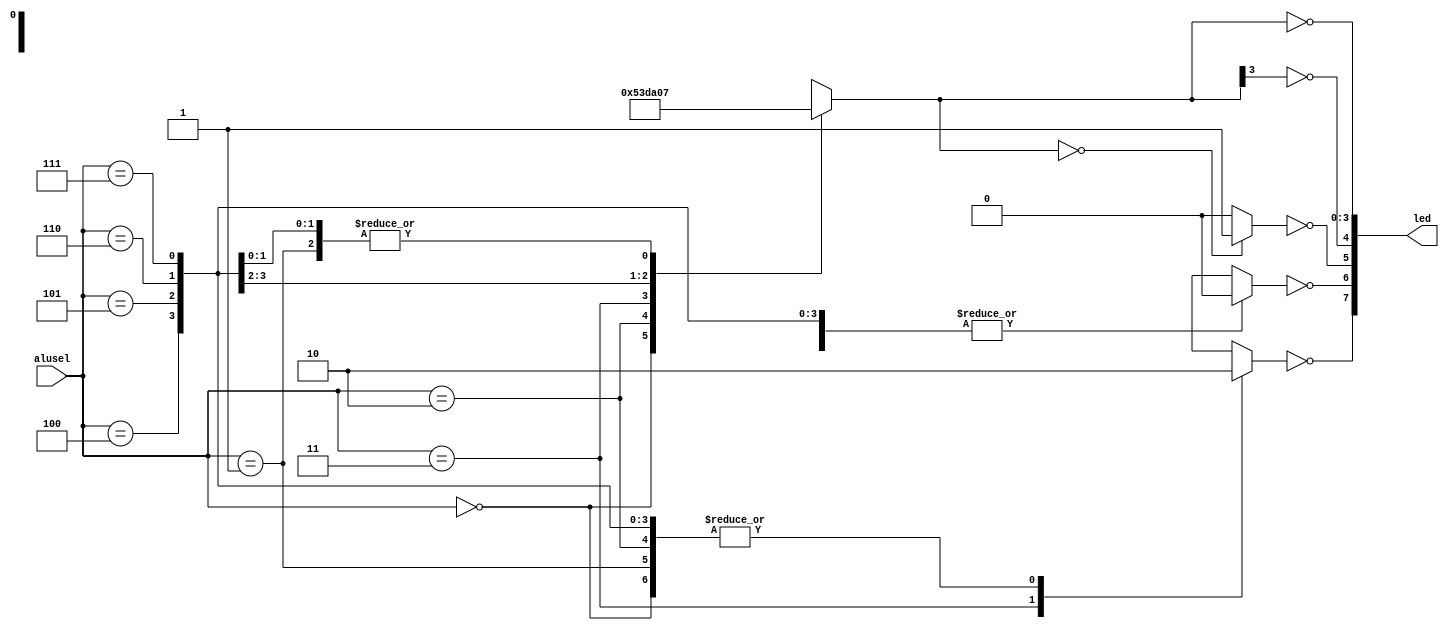
//********************************************************
//
//   Copyright(c)2016, STEP FPGA 
//   All rights reserved
//
//   Module name     :   ALU

//   Data            :   2016/08/31
 
//   Version         :   V1.0
//   Description       4 bits ALU
//
//   Modification history
//   ----------------------------------------------------------------------------
// Version       Data(2016/08/31)   V1.0
// Description
//
//********************************************************
// 
// 
//*******************
//DEFINE MODULE PORT
//*******************
module ALU
(
	//INPUT
	alusel		 ,
	
	//OUTPUT
	led
);

	//*******************
	//DEFINE INPUT
	//*******************
	input   [2:0]       alusel		; 

	//*******************
	//DEFINE OUTPUT
	//*******************
	output  [7:0]		led			;	
	
	//******************** 
	//OUTPUT ATTRIBUTE 
	//********************     
	reg    				nf			;
	reg    				zf			;
	reg    				cf			;
	reg    				ovf			;
	reg   [3:0]    	    y 			;
	wire  [7:0]    	    led 		;
	
	//*********************
	//INNER SIGNAL DECLARATION
	//*********************
	reg   [4:0]       	temp     	; 
	reg   [3:0]			a           ;
	reg   [3:0]			b			;

	//*********************
	//MAIN CORE  
	//*********************
	always @ (*)
		begin
			a=4'b0101;								//assign the input value a
			b=4'b0010;								//assign the input value b
			cf=0;
			ovf=0;
			temp=5'b00000;
			case(alusel)
				3'b000:y=a;
				
				3'b001:begin 
						temp={1'b0,a}+{1'b0,b};		//add
						y=temp[3:0];
						cf=temp[4];
						ovf=y[3]^a[3]^b[3]^cf;
					   end
				
				3'b010:begin						//subA
						temp={1'b0,a}-{1'b0,b};
						y=temp[3:0];
						cf=temp[4];
						ovf=y[3]^a[3]^cf;
					   end
				
				3'b011:begin
						temp={1'b0,b}-{1'b0,a};		//subB
						y=temp[3:0];
						cf=temp[4];
						ovf=y[3]^a[3]^cf;
					   end
					  
				3'b100:y=~a;						//NOT
				
				3'b101:y=a&b;						//AND
				
				3'b110:y=a|b;						//OR
				
				3'b111:y=a^b;						//XOR
						
				default:y=a;
				
			endcase
			nf=y[3];
			if(y==4'b0000)
				zf=1;
			else
				zf=0;
		end
						
	assign led={~cf,~ovf,~zf,~nf,~y};
	
endmodule